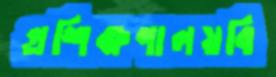
প্রশিক্ষণালয়বি